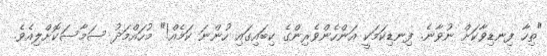
"ތިހާ ފިނޑިވާކަށް ނުވާނެ. ފިނޑިކަމަކީ އަންހެންވެރިންގެ ކިބައިގައި ހުންނަ ކަމެއް!" މުހައްމަދު ސަމާސަކޮށްލިއެވެ.